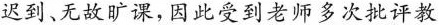
迟到、无故旷课，因此受到老师多次批评教